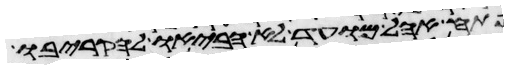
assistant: פתח אהל מועד לא הביאו להקריבו